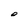
Character: O